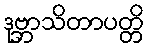
ဒုဗ္ဘာသိတာပတ္တိ